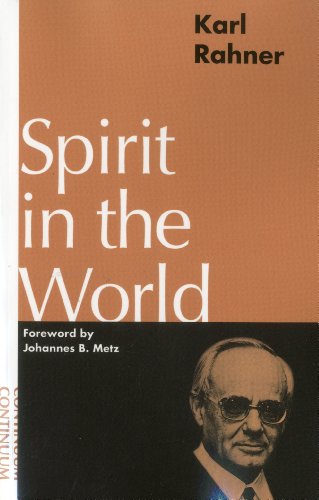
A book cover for Spirit in the World; Karl Rahner; Christian Books & Bibles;